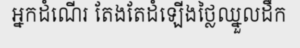
អ្នកដំណើរ តែងតែដំឡើងថ្លៃឈ្នួលដឹក